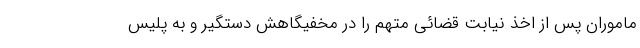
ماموران پس از اخذ نیابت قضائی متهم را در مخفیگاهش دستگیر و به پلیس